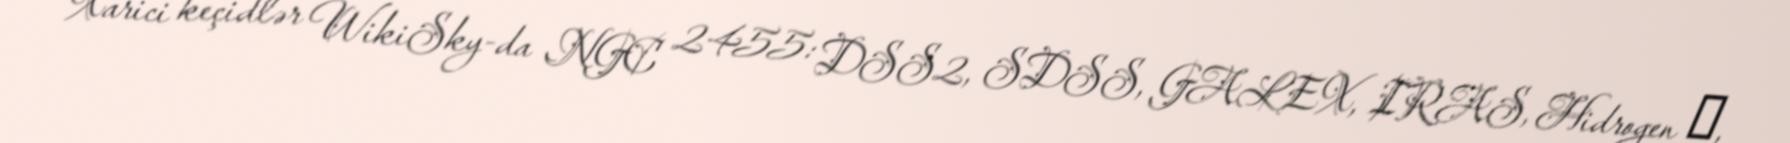
Xarici keçidlər WikiSky-da NGC 2455: DSS2, SDSS, GALEX, IRAS, Hidrogen α,